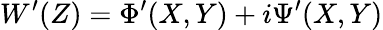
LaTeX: W^{\prime}(Z)=\Phi^{\prime}(X,Y)+i\Psi^{\prime}(X,Y)